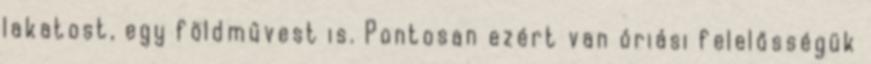
lakatost, egy földművest is. Pontosan ezért van óriási felelősségük